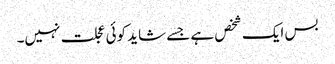
بس ایک شخص ہے جسے شاید کوئی عجلت نہیں۔